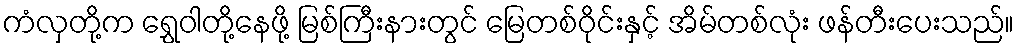
ကံလှတို့က ရွှေဝါတို့နေဖို့ မြစ်ကြီးနားတွင် မြေတစ်ဝိုင်းနှင့် အိမ်တစ်လုံး ဖန်တီးပေးသည်။